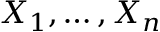
X _ { 1 } , \ldots , X _ { n }